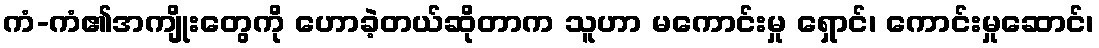
ကံ-ကံ၏အကျိုးတွေကို ဟောခဲ့တယ်ဆိုတာက သူဟာ မကောင်းမှု ရှောင်၊ ကောင်းမှုဆောင်၊